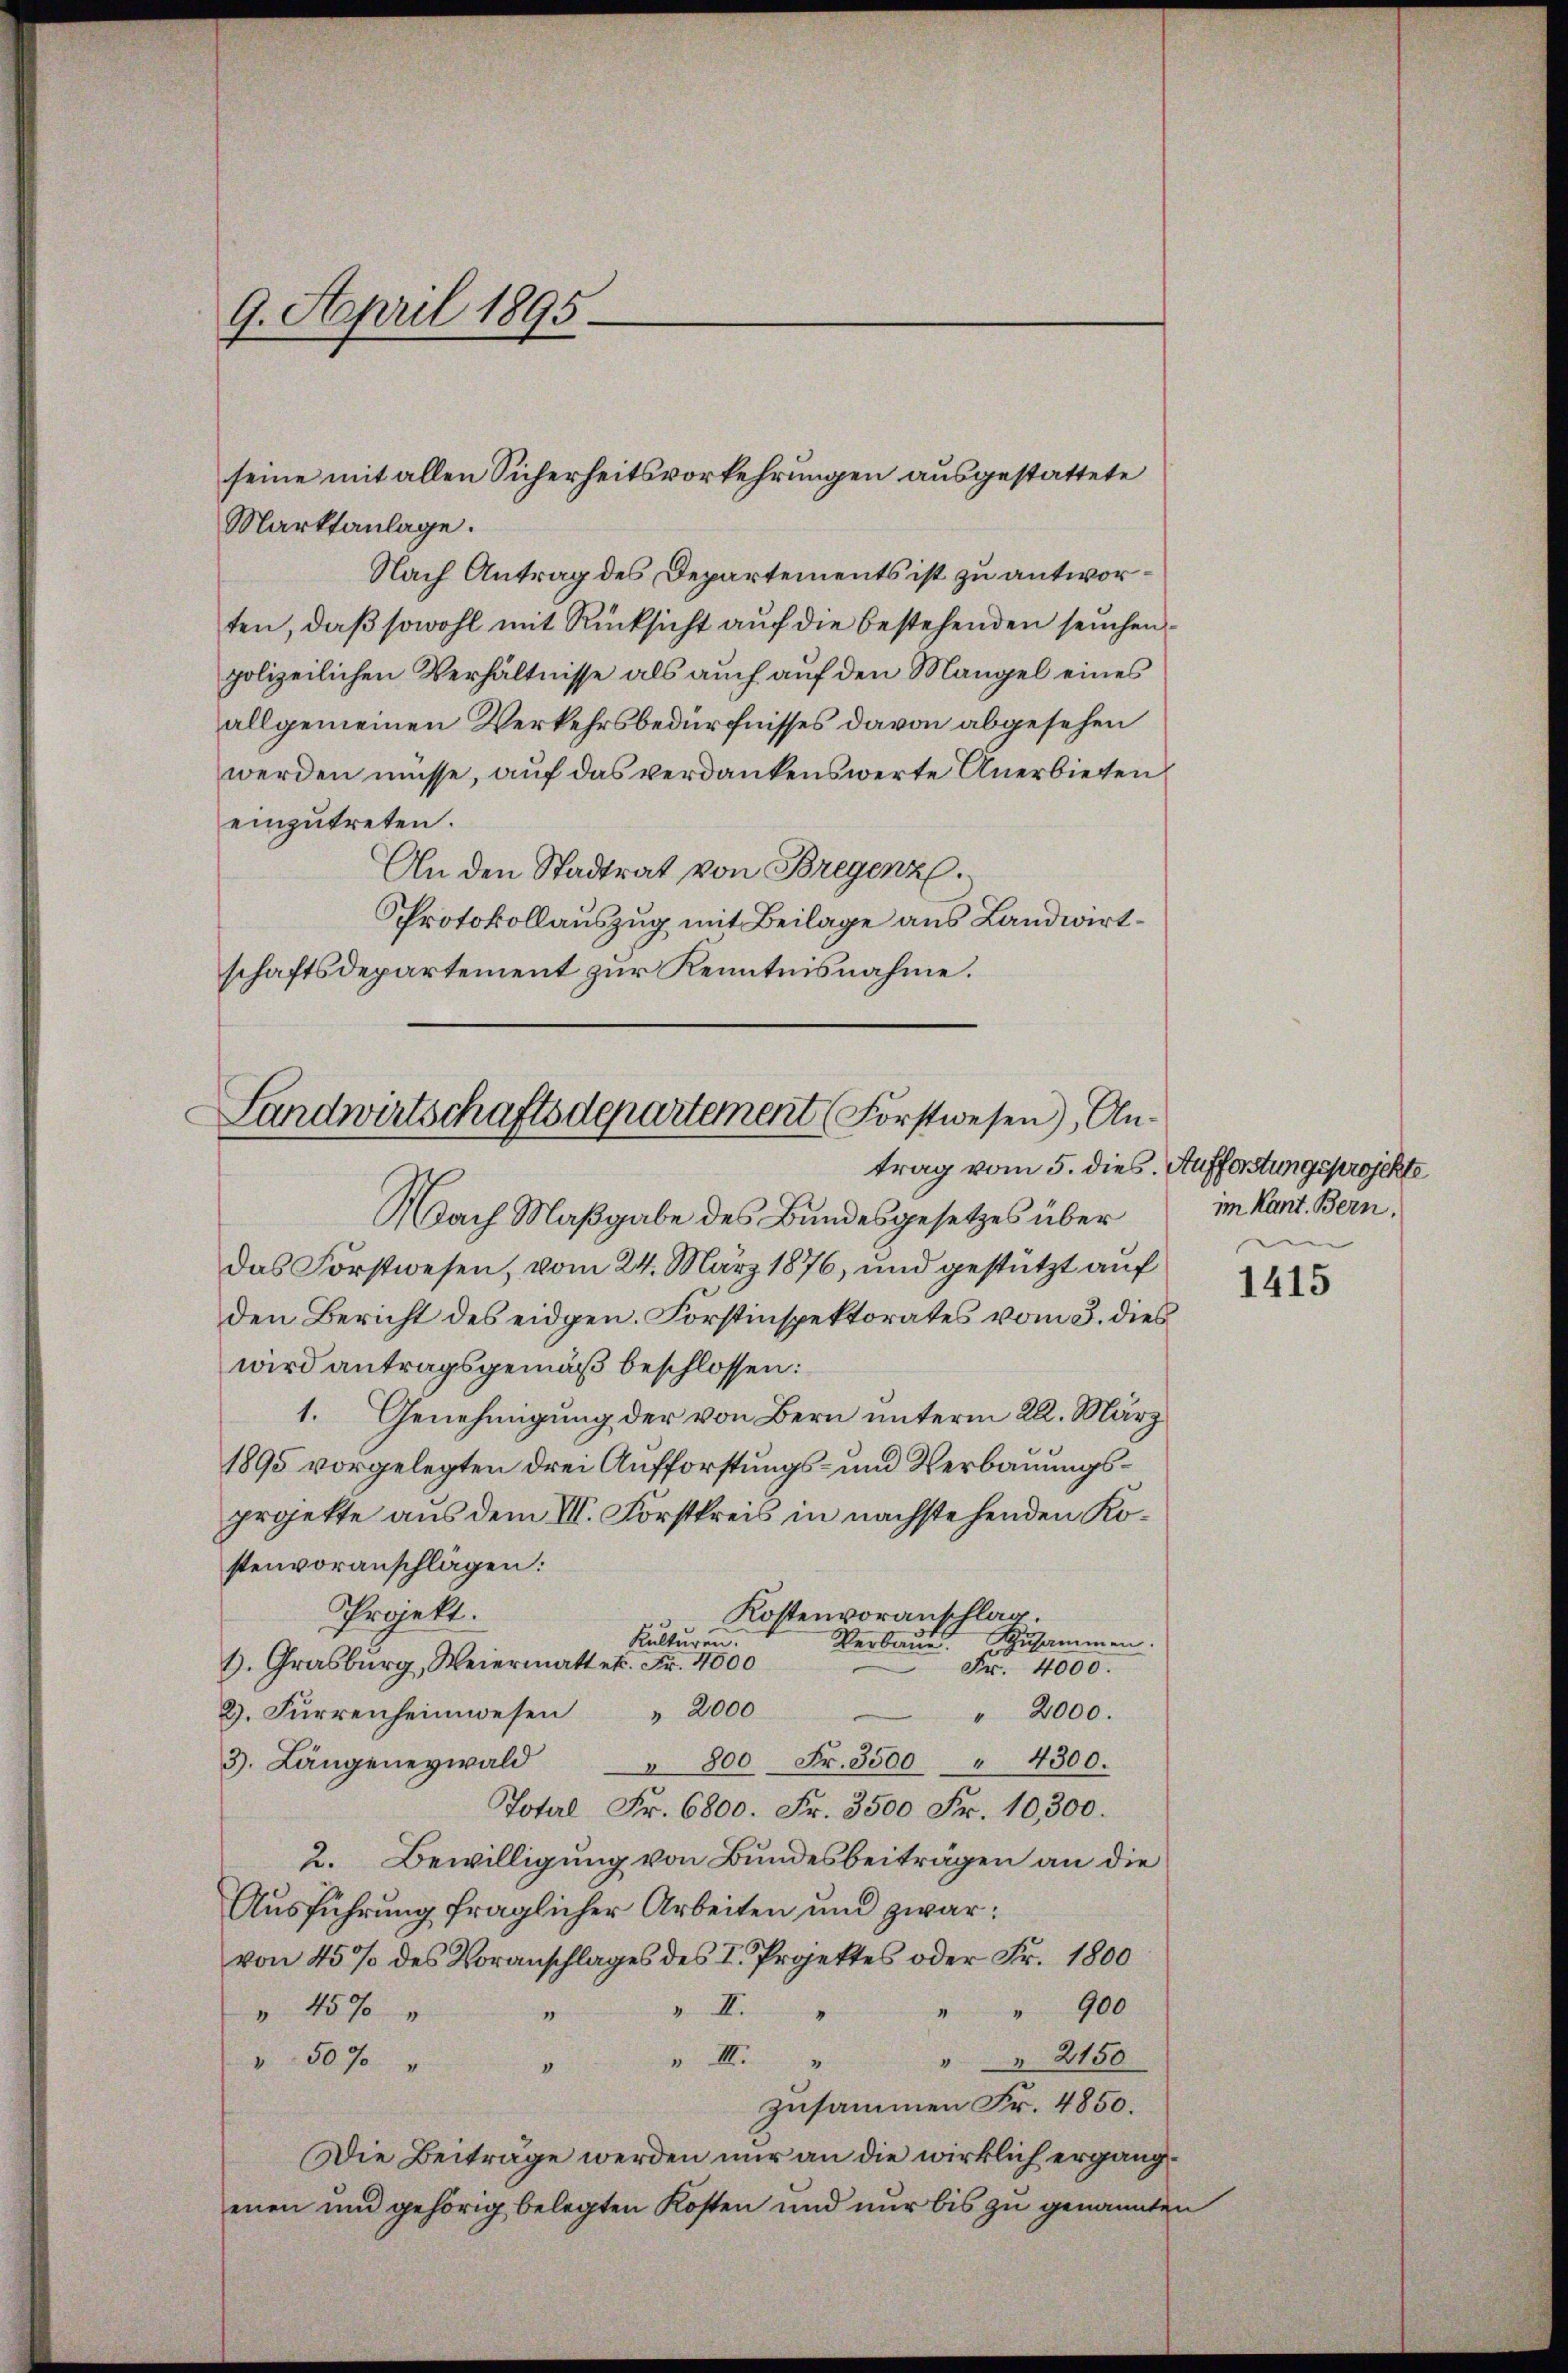
9. April 1895

Marktanlage.
Nach Antrag des Departements ist zu antworten, daß sowohl mit Rücksicht auf die bestehenden seuchenpolizeilichen Verhältnisse als auch auf den Mangel eines
allgemeinen Verkehrsbedürfnisses davon abgesehen
werden müsse, auf das verdankenswerte Anerbieten
einzutreten.
An den Stadtrat von Bregenz.
Protokollauszug mit Beilage aus Landwirtschaftsdepartement zur Kenntnisnahme.

seine mit allen Sicherheitsvorkehrungen ausgestattete

Landwirtschaftsdepartement (Forstwesen), Antrag vom 5. dies. Aufforstungsprojekte

Nach Maβgabe des Bŭndesgesetzes über im Kant. Bern,
Das Forstwesen, vom 24. März 1876, und gestützt auf
den Bericht des eidgen. Forstinspektorates vom 3. dies
wird antragsgemäß beschlossen:
1. Genehmigung der von Bern unterm 22. März
1895 vorgelegten drei Aufforstungs- und Verbauungsprojekte aus dem III. Forstkreis in nachstehenden Kostenvoranschlägen:
Projekt.
Kostenvoranschlag.
A
Kulturen.
Verbaue. zusammen.
H. Grasburg, Weiermattet. Fr. 4000
Fr. 4000.
" 2000
2. Furrenheimwesen
" 2000.
 800 Fr. 3500 " 4300.
3. Längeneywald
Total Fr. 6800. Fr. 3500 Fr. 10,300.
2. Bewilligung von Bundesbeiträgen an die
Ausführung fraglicher Arbeiten und zwar:
von 45 % des Voranschlages des I. Projektes oder Fr. 1800
" " 900
v II.
 457
“
 III.
2150
 507
0
zusammen Fr. 4850.
Die Beiträge werden nur an die wirklich ergängenen und gehörig belegten Kosten und nur bis zu genannten

1415